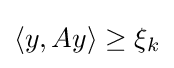
{\textstyle \langle y,Ay\rangle \geq \xi _{k}}